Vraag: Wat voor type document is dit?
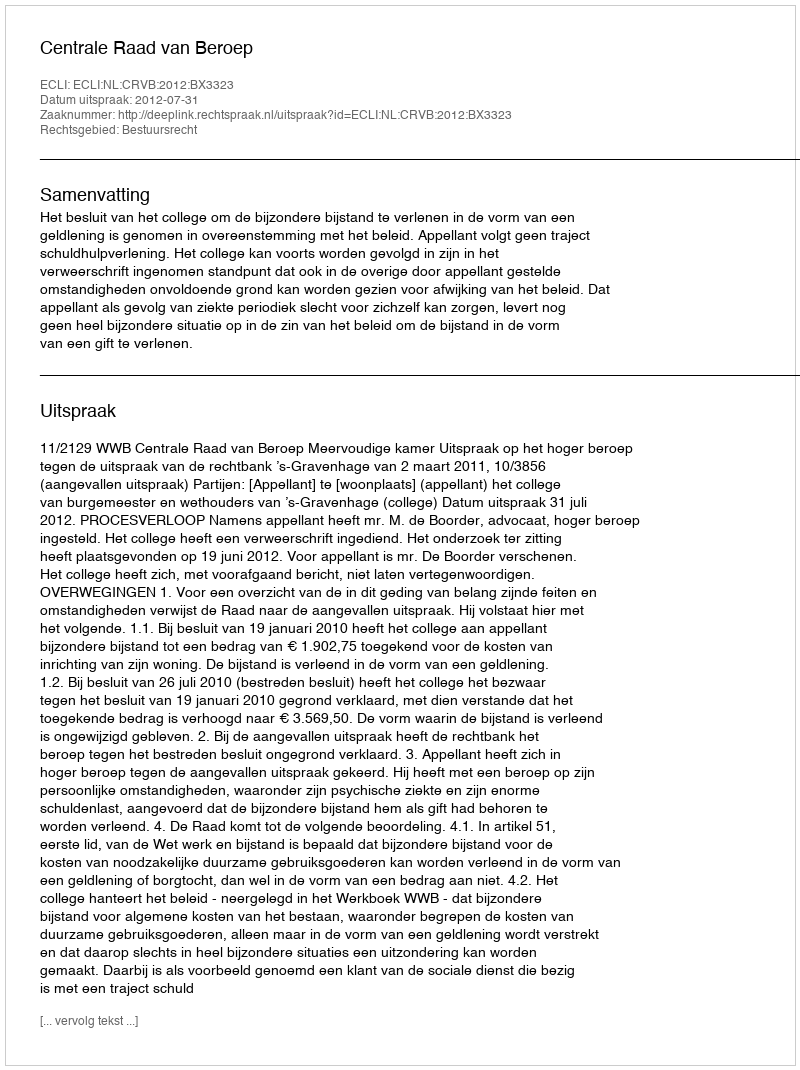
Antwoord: Uitspraak